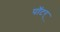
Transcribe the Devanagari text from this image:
पॉटर्